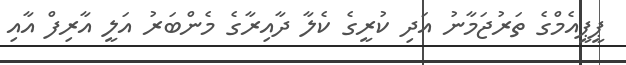
ޕީޕީއެމްގެ ތަރުޖަމާނު އަދި ކުރީގެ ކެލާ ދާއިރާގެ މެންބަރު އަލީ އާރިފް އާއި